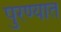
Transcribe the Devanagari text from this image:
पुरण्यात